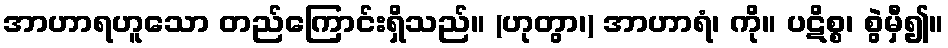
အာဟာရဟူသော တည်ကြောင်းရှိသည်။ (ဟုတွာ၊) အာဟာရံ၊ ကို။ ပဋိစ္စ၊ စွဲမှီ၍။